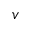
v